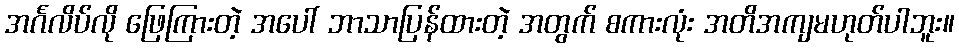
အင်္ဂလိပ်လို ဖြေကြားတဲ့ အပေါ် ဘာသာပြန်ထားတဲ့ အတွက် စကားလုံး အတိအကျမဟုတ်ပါဘူး။